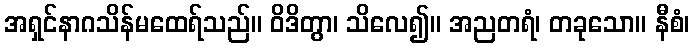
အရှင်နာဂသိန်မထေရ်သည်။ ဝိဒိတွာ၊ သိလေ၍။ အညတရံ၊ တခုသော။ နီစံ၊